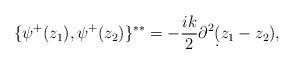
LaTeX: \begin{align*}\{\psi^+(z_1),\psi^+(z_2)\}^{**}=-{{ik}\over 2}\partial^2\d(z_1-z_2),\end{align*}